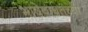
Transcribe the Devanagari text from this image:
भाषेबाबतच्या